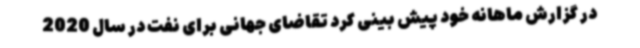
در گزارش ماهانه خود پیش بینی کرد تقاضای جهانی برای نفت در سال 2020